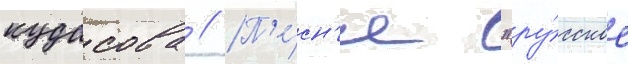
кудасова // П'е́сн'я "ру́сское